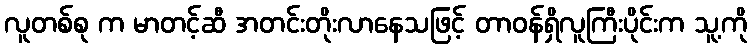
လူတစ်စု က မာတင့်ဆီ အတင်းတိုးလာနေသဖြင့် တာဝန်ရှိလူကြီးပိုင်းက သူ့ကို